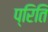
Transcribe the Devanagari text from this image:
प्रिति